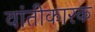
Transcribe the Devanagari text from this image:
वांतीकारक